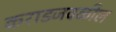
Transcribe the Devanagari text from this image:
कराडजवळील